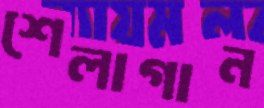
শেলাগান